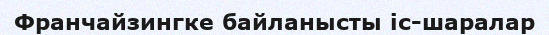
Франчайзингке байланысты іс-шаралар